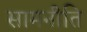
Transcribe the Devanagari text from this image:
सामनीति